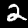
Label: 2